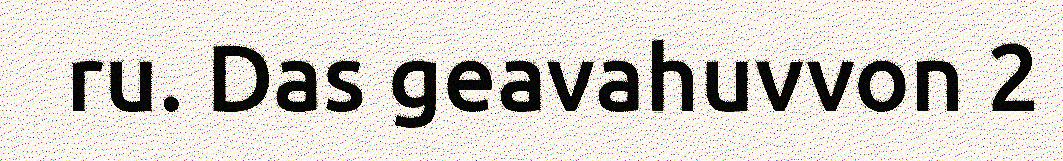
ru. Das geavahuvvon 2